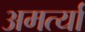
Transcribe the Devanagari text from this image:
अमर्त्या